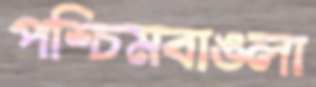
পশ্চিমবাঙলা